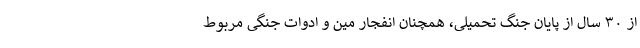
از ۳۰ سال از پایان جنگ تحمیلی، همچنان انفجار مین و ادوات جنگی مربوط